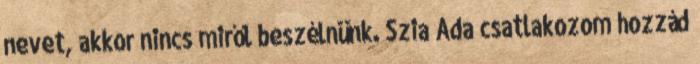
nevet, akkor nincs miről beszélnünk. Szia Ada csatlakozom hozzád